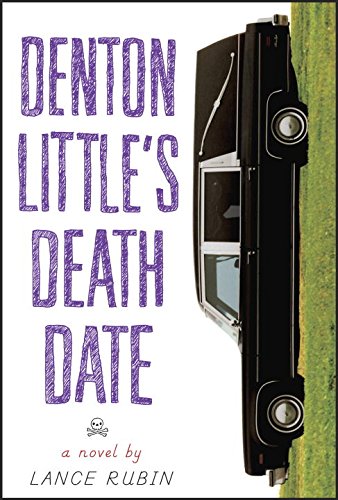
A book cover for Denton Little's Deathdate; Lance Rubin; Teen & Young Adult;